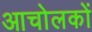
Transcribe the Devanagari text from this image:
आचोलकों